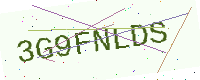
Text: 3G9FNLDS